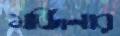
মর্জিনার